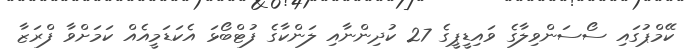
ކޭމްޕުގައި ސޯސަންވިލާގެ ވައިޑީޕީގެ 27 ކުދިންނާއި ލަންކާގެ ފުޓްބޯޅަ އެކަޑަމީއެއް ކަމަށްވާ ފްރަޒާ